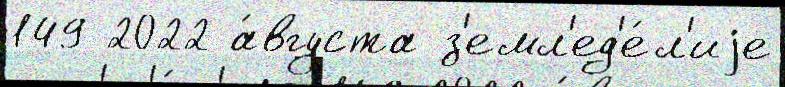
149 2022 а́вгуста з'емл'ед'е́л'иjе